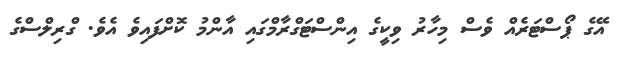
އޭގެ ޕޯސްޓަރެއް ވެސް މިހާރު ވިކީގެ އިންސްޓަގްރާމްގައި އާންމު ކޮށްފައިވެ އެވެ. ގްރިލްސްގެ